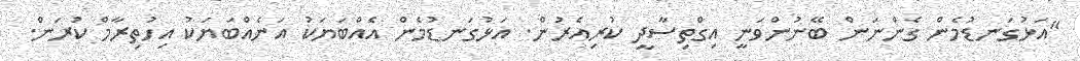
"އަޅުގަނޑުމެން ގެންނަން ބޭނުންވަނީ އިގްތިސާދީ ކުރިއެރުން. އަޅުގަނޑުމެން އެއްބަޔަކު އަނެއްބަޔަކު އިހުތިރާމް ކުރަން.